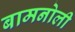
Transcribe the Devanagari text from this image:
बामनोली